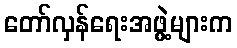
တော်လှန်ရေးအဖွဲ့များက